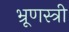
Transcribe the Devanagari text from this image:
भ्रूणस्त्री